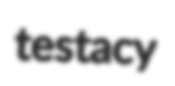
testacy